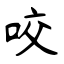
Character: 咬